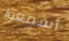
أسمعوا